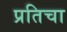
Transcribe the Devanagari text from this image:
प्रतिचा